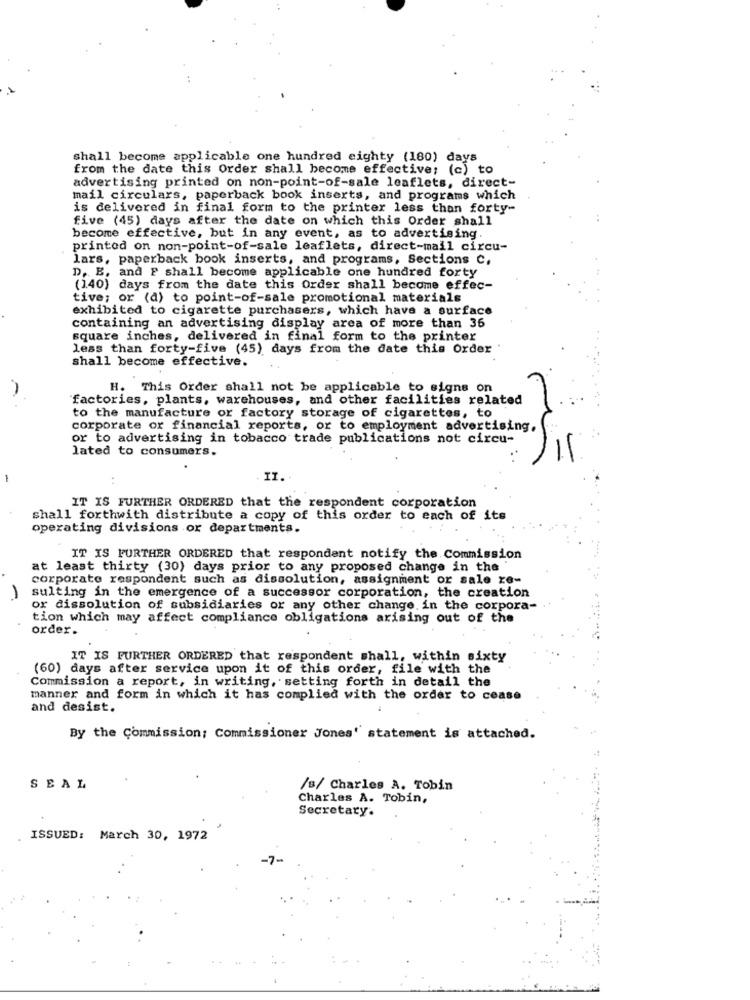
shall become applicable one hundred eighty (180) days
from the date this Order shall become effective; (c) to
advertising printed on non-point-of-sale leaflets, direct-
mail circulars, paperback book inserts, and programs which
is delivered in final form to the printer less than forty-
five (45) days after the date on which this Order shall
become effective, but in any event, as to advertising.
printed on non-point-of-sale leaflets, direct-mail circu-
lars, paperback book inserts, and programs, Sections C.
D. E, and F shall become applicable one hundred forty
(140) days from the date this Order shall become effec-
tive; or (d) to point-of-sale promotional materials
exhibited to cigarette purchasers, which have a surface
containing an advertising display area of more than 36
square inches, delivered in final form to the printer
less than forty-five (45) days from the date this Order
shall become effective.
-
H. This Order shall not be applicable to signs on
factories, plants, warehouses, and other facilities related
to the manufacture or factory storage of cigarettes, to
corporate or financial reports, or to employment advertising,
or to advertising in tobacco trade publications not circu-
lated to consumers.
-
II.
IT IS FURTHER ORDERED that the respondent corporation
shall forthwith distribute a copy of this order to each of its
operating divisions or departments.
IT IS FURTHER ORDERED that respondent notify the Commission
at least thirty (30) days prior to any proposed change in the
corporate respondent such as dissolution, assignment or sale re-
sulting in the emergence of a successor corporation, the creation
or dissolution of subsidiaries or any other change in the corpora-
tion which may affect compliance obligations arising out of the
order.
IT IS FURTHER ORDERED that respondent shall, within sixty
(60) days after service upon it of this order, file with the
Commission a report, in writing, setting forth in detail the
manner and form in which it has complied with the order to cease
and desist.
By the Commission; Commissioner Jones' statement is attached.
SEAL
/s/ Charles A. Tobin
Charles A. Tobin,
Secretary.
ISSUED: March 30, 1972